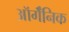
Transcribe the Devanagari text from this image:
ऑर्गॅनिक